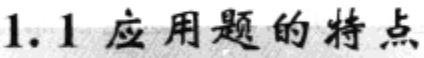
1.1 应用题的特点